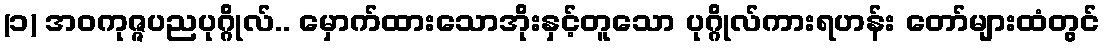
(၁) အဝကုဇ္ဇပညပုဂ္ဂိုလ်.. မှောက်ထားသောအိုးနှင့်တူသော ပုဂ္ဂိုလ်ကားရဟန်း တော်များထံတွင်